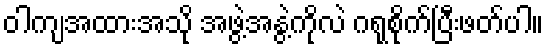
ဝါကျအထားအသို အဖွဲ့အနွဲ့ကိုလဲ ဂရုစိုက်ပြီးဖတ်ပါ။